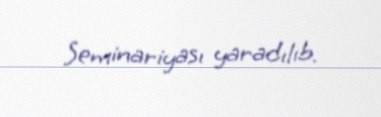
Seminariyası yaradılıb.